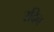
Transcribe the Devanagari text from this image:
रदिन